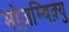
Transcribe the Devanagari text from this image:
मोज़म्बिक़्यु